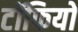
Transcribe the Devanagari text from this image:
टॉफियों